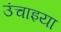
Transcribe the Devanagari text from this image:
उंचाइया